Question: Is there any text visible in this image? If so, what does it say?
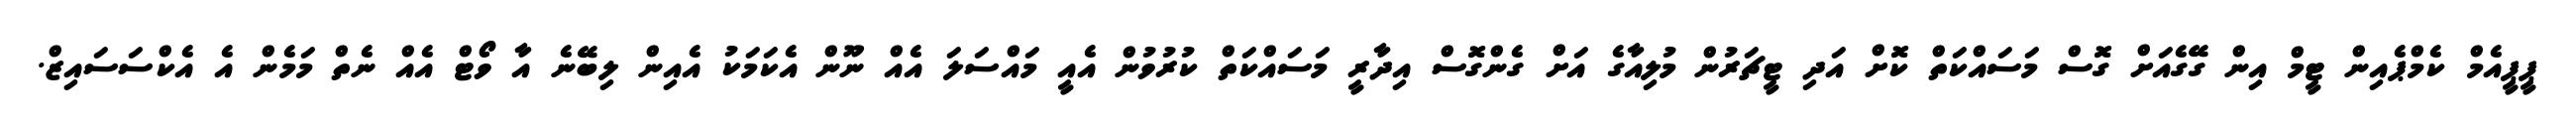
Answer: ޕީޕީއެމް ކެމްޕެއިން ޓީމް އިން ގޭގެއަށް ގޮސް މަސައްކަތް ކޮށް އަދި ޓީޗަރުން މުލިއާގެ އަށް ގެންގޮސް އިދާރީ މަސައްކަތް ކުރުވުން އެއީ މައްސަލަ އެއް ނޫން އެކަމަކު އެއިން ލިބޭނެ އާ ވޯޓް އެއް ނެތް މަމެން އެ އެކްސަސައިޒް.